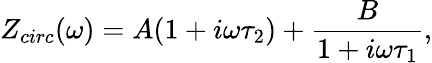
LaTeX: Z_{circ}(\omega)=A(1+i\omega\tau_{2})+\frac{B}{1+i\omega\tau_{1}},